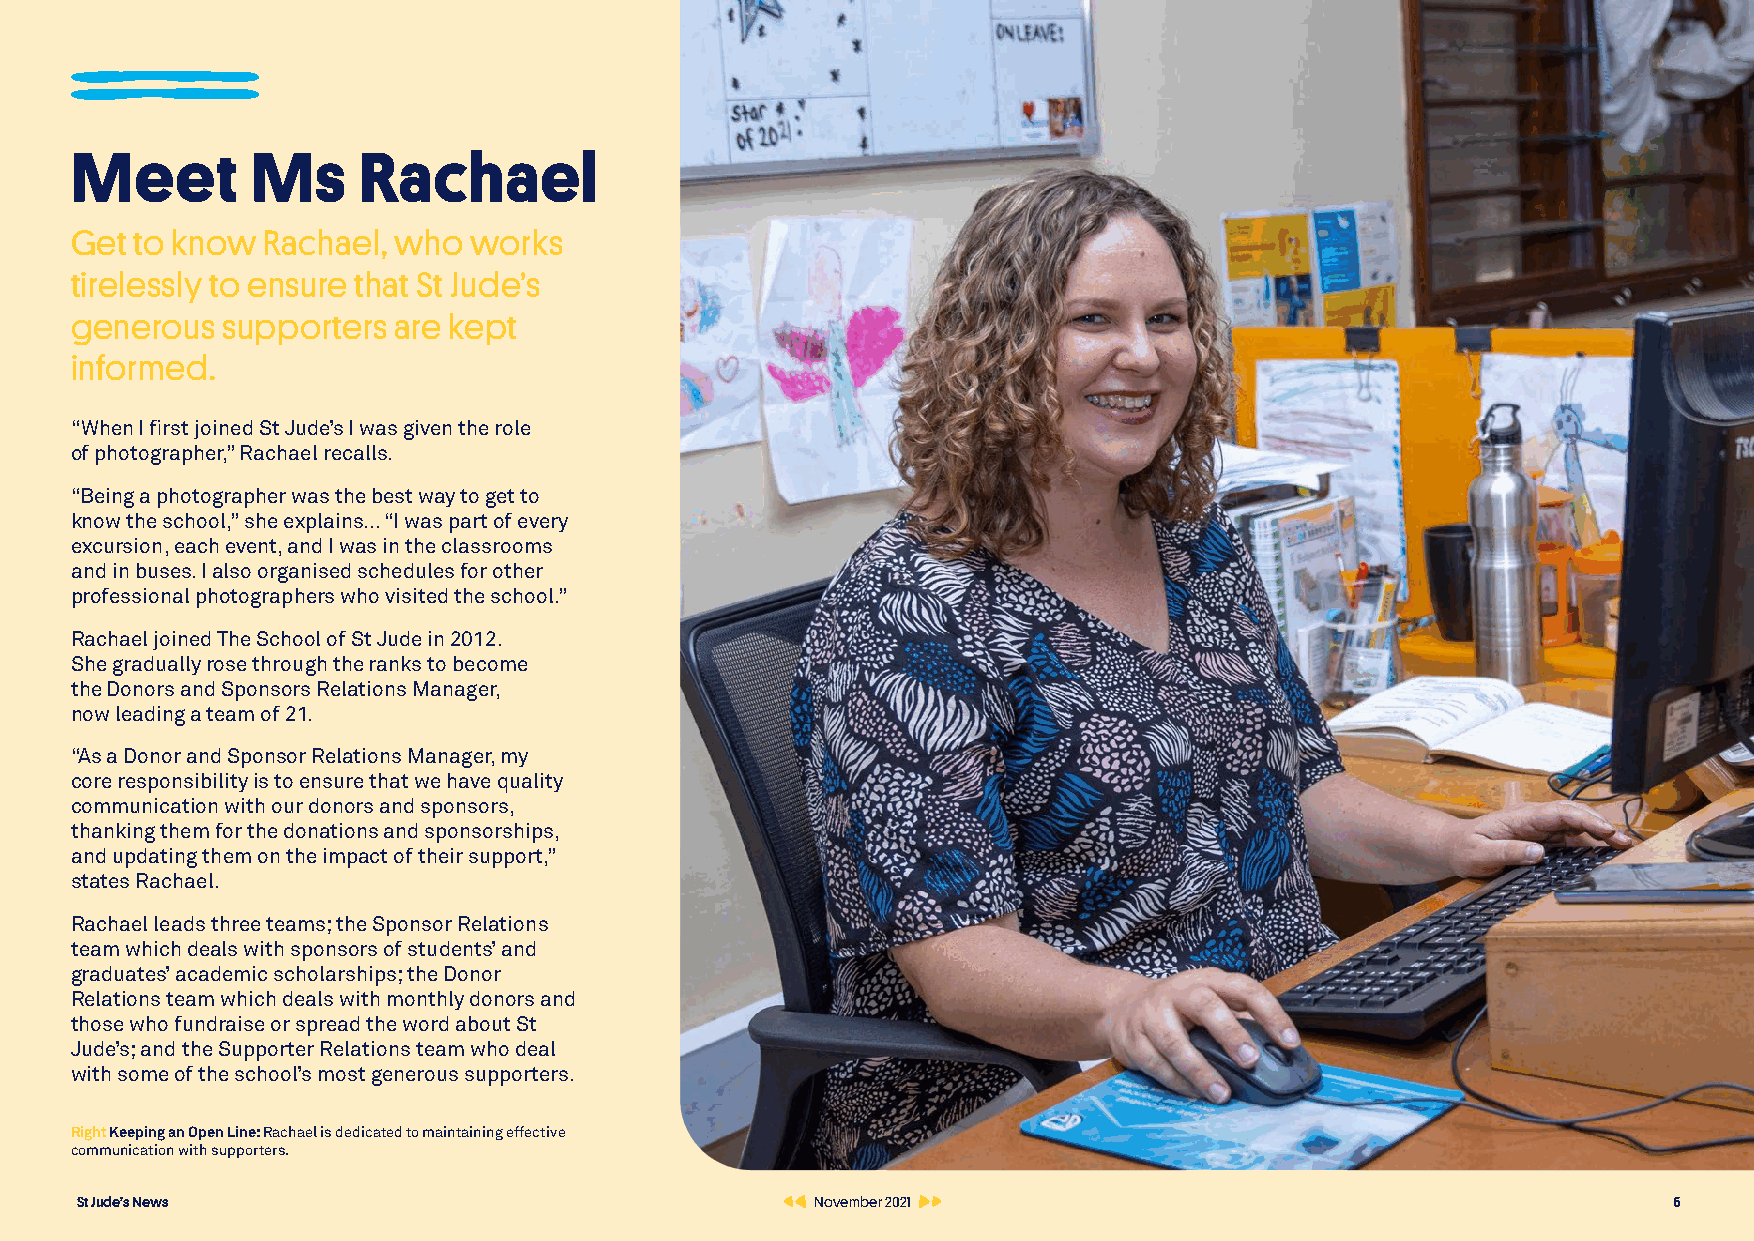
Meet        Ms     Rachael
 Get to know Rachael, who  works
 tirelessly to ensure that St Jude’s
 generous  supporters are kept
 informed.
 “When I first joined St Jude’s I was given the role
 of photographer,” Rachael recalls.
 “Being a photographer was the best way to get to
 know the school,” she explains... “I was part of every
 excursion, each event, and I was in the classrooms
 and in buses. I also organised schedules for other
 professional photographers who visited the school.”
 Rachael joined The School of St Jude in 2012.
 She gradually rose through the ranks to become
 the Donors and Sponsors Relations Manager,
 now leading a team of 21.
 “As a Donor and Sponsor Relations Manager, my
 core responsibility is to ensure that we have quality
 communication with our donors and sponsors,
 thanking them for the donations and sponsorships,
 and updating them on the impact of their support,”
 states Rachael.
 Rachael leads three teams; the Sponsor Relations
 team which deals with sponsors of students’ and
 graduates’ academic scholarships; the Donor
 Relations team which deals with monthly donors and
 those who fundraise or spread the word about St
 Jude’s; and the Supporter Relations team who deal
 with some of the school’s most generous supporters.
 Right Keeping an Open Line: Rachael is dedicated to maintaining effective
 communication with supporters.
 St Jude’s News                                   November 2021                                            6